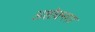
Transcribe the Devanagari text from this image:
अशोक्नगर